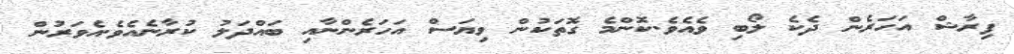
ފިރާޝް އަހަރެން ދެކެ ލޯބި ވެއެވެ.ކޮންމެ ގޮތަކުން ވިޔަސް އަހަރެންނާއި ބައްދަލު ކުރާނެއެވެ.އެވަރުން